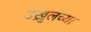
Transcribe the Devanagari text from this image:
उख्रुलच्या